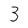
Character: 3